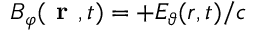
B _ { \varphi } ( \textbf { r } , t ) = + E _ { \vartheta } ( \boldsymbol { r } , t ) / c